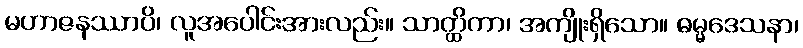
မဟာဇနဿာပိ၊ လူအပေါင်းအားလည်း။ သာတ္ထိကာ၊ အကျိုးရှိသော။ ဓမ္မဒေသနာ၊